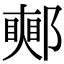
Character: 𨞜